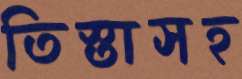
তিস্তাসহ